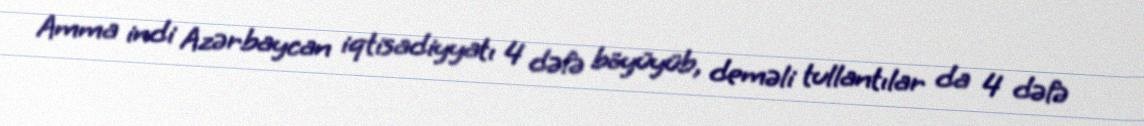
Amma indi Azərbaycan iqtisadiyyatı 4 dəfə böyüyüb, deməli tullantılar da 4 dəfə